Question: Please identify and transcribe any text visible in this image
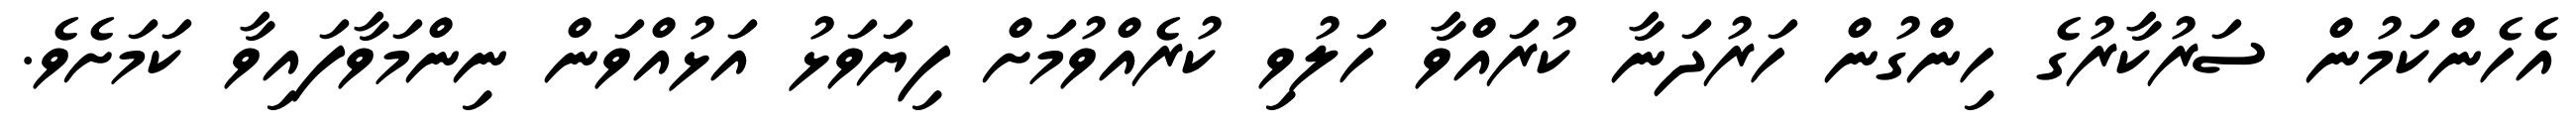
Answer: އެހެންކަމުން ސަރުކާރުގެ ހިންގުން ހަރުދަނާ ކުރައްވާ ހަލުވި ކުރެއްވުމަށް ފިޔަވަޅު އަޅުއްވަން ނިންމަވާފައިވާ ކަމަށެވެ.